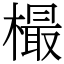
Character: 樶